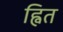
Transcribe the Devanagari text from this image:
ह्वित